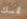
تمسك